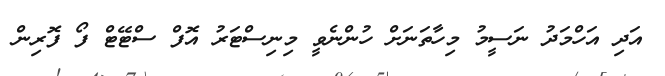
އަދި އަހްމަދު ނަސީމު މިހާތަނަށް ހުންނެވީ މިނިސްޓަރު އޮފް ސްޓޭޓް ފޯ ފޮރިން